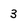
Character: 3